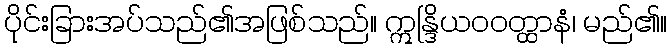
ပိုင်းခြားအပ်သည်၏အဖြစ်သည်။ ဣန္ဒြိယဝဝတ္ထာနံ၊ မည်၏။